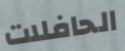
الحافلات